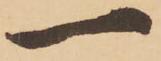
一